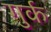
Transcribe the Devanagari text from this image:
गुर्क